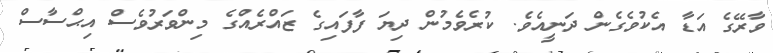
ވާރޭގެ އަޑާ އެކުވެގެން ދަނީއެވެ. ކުރެވެމުން ދިޔަ ފާފައިގެ ޒައްރެއްގެ މިންވަރުވެސް އިޙްސާސް